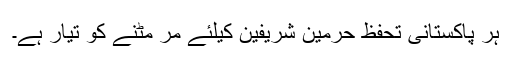
ہر پاکستانی تحفظ حرمین شریفین کیلئے مر مٹنے کو تیار ہے۔